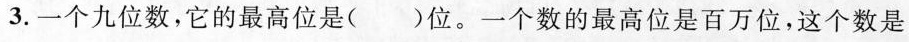
3.一个九位数，它的最高位是()位。一个数的最高位是百万位，这个数是